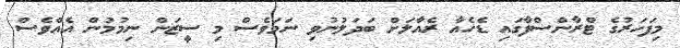
މިފަހަރުގެ ޓްރާންސްފާގައި ޑެހެއާ ރެއާލަށް ބަދަލުނުވި ނަމަވެސް މި ސީޒަން ނިމުމުން އެއްވެސް